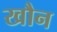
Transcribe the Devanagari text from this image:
खौन